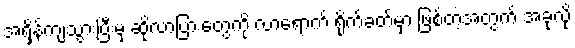
အရှိန်ကျသွားပြီးမှ ဆိုလာပြားတွေကို လာရောက် ရိုက်ခတ်မှာ ဖြစ်တဲ့အတွက် အခုလို